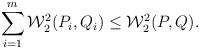
LaTeX: \begin{align*}\sum_{i=1}^m \mathcal{W}_2^2(P_i,Q_i) \le \mathcal{W}_2^2(P,Q).\end{align*}